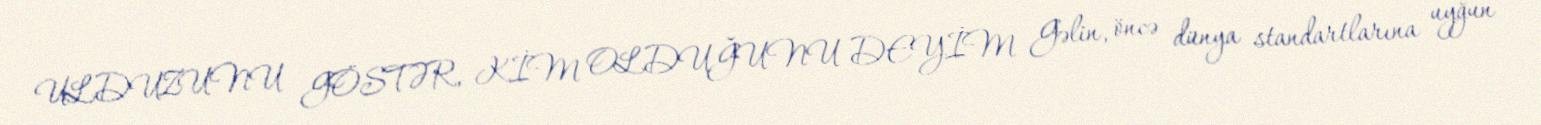
ULDUZUNU GÖSTƏR, KİM OLDUĞUNU DEYİM Gəlin, öncə dünya standartlarına uyğun